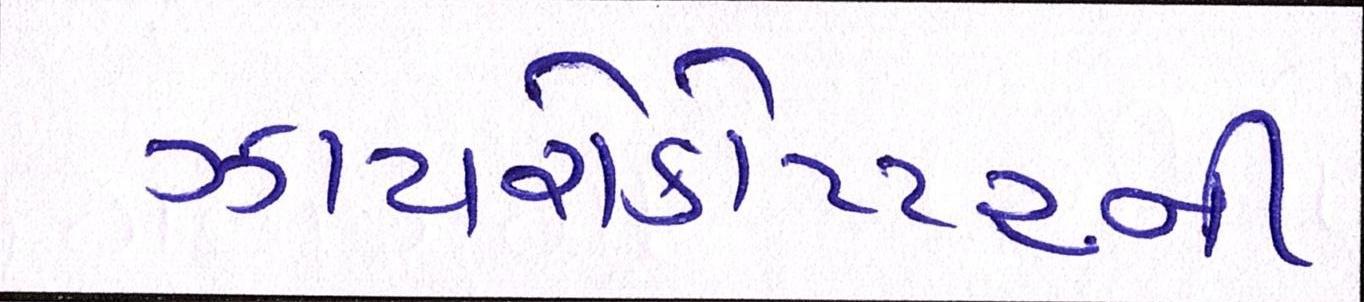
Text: ઝાયરોકોપ્ટરની